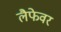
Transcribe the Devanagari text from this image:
लैफेवर